Insane asylums in Bengal annual reports 1867-1875 - 1867-1875
Year: 1867
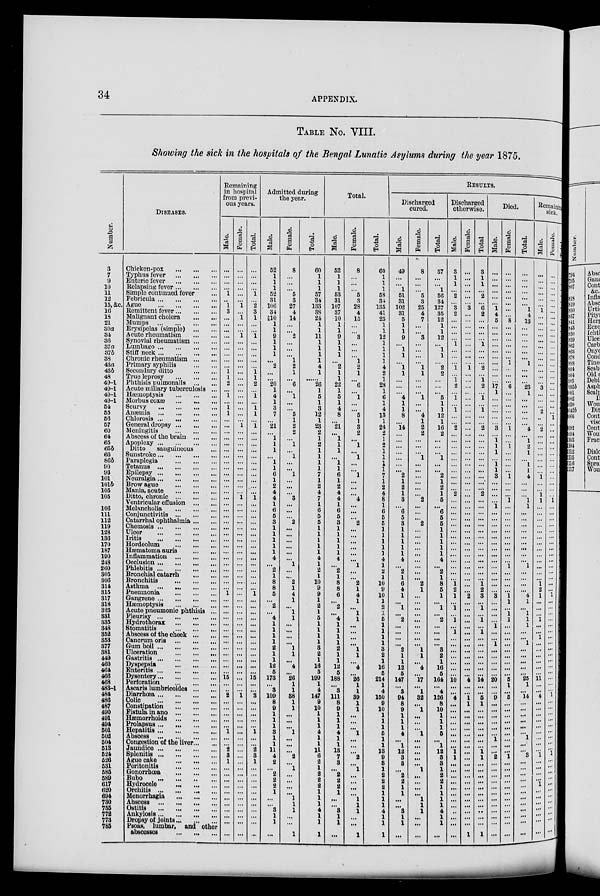
34
APPENDIX.
TABLE No. VIII.
Showing the sick in the hospitals of the Bengal Lunatic Asylums during the year 1875.
Number.
3
7
9
10
11
12
15, &c.
16
18
21
30a
34
36
37a
37b
38
43a
43b
48
49-1
49-1
49-1
49-1
54
65
56
57
60
64
65
65b
66
86b
90
93
101
101b
105
105
106
111
112
119
128
136
170
187
190
248
260
305
306
314
315
317
318
325
331
335
348
352
353
377
381
449
460
464
466
468
483-1
484
486
487
490
491
494
501
502
504
513
524
526
531
585
589
617
620
694
730
755
772
773
785
DISEASES.
Chicken-pox
...
...
...
Typhus fever ... ... ...
Enteric fever
...
...
...
Relapsing fever ... ... ...
Simple continued fever ...
Febricula
...
...
...
...
Ague
...
...
...
...
Remittent fever ... ... ...
Malignant cholera ... ...
Mumps
...
...
...
...
Erysipelas (simple)
...
...
Acute rheumatism
...
...
Synovial rheumatism ... ...
Lumbago
...
...
...
...
Stiff neck
...
...
...
...
Chronic rheumatism
...
...
Primary syphilis
...
...
Secondary ditto
...
...
True leprosy
...
...
...
Phthisis pulmonalis ... ...
Acute miliary tuberculosis ...
Hæmoptysis
...
...
...
Morbus coxæ
...
...
...
Scurvy
...
...
...
...
Anæmia
...
...
...
...
Chlorosis ... ... ... ...
General dropsy
...
...
...
Meningitis
...
...
...
Abscess of the brain
...
...
Apoplexy
...
...
...
...
Ditto
sanguineous ...
Sunstroke
...
...
...
...
Paraplegia
...
...
...
Tetanus
...
...
...
...
Epilepsy ... ... ... ...
Neuralgia
...
...
...
...
Brow ague
...
...
...
Mania, acute
...
...
...
Ditto, chronic
...
...
...
Ventricular effusion ...
Melancholia
...
...
...
Conjunctivitis
...
...
...
Catarrhal ophthalmia ... ...
Chemosis
...
...
...
...
Ulcer ... ... ... ...
Iritis
...
...
...
...
Hordeolum
...
...
...
Hæmatoma auris ... ...
Inflammation
...
...
...
Occlusion
...
...
...
...
Phlebitis ... ... ... ...
Bronchial catarrh
...
...
Bronchitis
...
...
...
Asthma
...
...
...
...
Pneumonia
...
...
...
Gangrene
...
...
...
...
Hæmoptysis ... ... ...
Acute pneumonic phthisis ...
Pleurisy
...
...
...
...
Hydrothorax ... ... ...
Stomatitis ... ... ...
Abscess of the cheek ... ...
Cancrum oris
...
...
...
Gum boil
...
...
...
Ulceration
...
...
...
Gastritis
...
...
...
...
Dyspepsia ... ... ...
Enteritis
...
...
...
...
Dysentery ... ... ... ...
Perforation
...
...
...
Ascaris lumbricoides ... ...
Diarrhœa
...
...
...
...
Colic
...
...
...
...
Constipation
...
...
...
Fistula in ano
...
...
...
Hæmorrhoids ... ... ...
Prolapsus
...
...
...
...
Hepatitis
...
...
...
...
Abscess
...
...
...
...
Congestion of the liver ... ...
Jaundice
...
...
...
...
Splenitis ... ... ... ...
Ague cake ... ... ...
Peritonitis
...
...
...
Gonorrhœa ... ... ...
Bubo
...
...
...
...
Hydrocele
...
...
...
Orchitis
...
...
...
...
Menorrhagia
...
...
...
Abscess
...
...
...
...
Ostitis
...
...
...
...
Ankylosis
...
...
...
...
Dropsy of joints ... ... ...
Psoas, lumbar, and other
abscesses
...
...
...
Remaining
in hospital
from previ-
ous years.
Male.
...
...
...
...
1
...
1
3
...
...
...
...
...
...
...
...
...
1
1
2
...
1
...
1
1
...
...
...
...
...
...
...
...
...
...
...
...
...
...
...
...
...
...
...
...
...
...
...
...
...
...
...
...
...
1
...
...
...
...
...
...
...
...
...
...
...
...
...
15
...
...
2
...
...
...
...
...
1
...
...
2
3
1
...
...
...
...
...
...
...
...
...
...
...
Female.
...
...
...
...
...
...
1
...
1
...
...
1 ...
...
...
...
...
...
...
...
...
...
...
...
...
...
1
...
...
...
...
...
...
...
...
...
...
...
1
...
...
...
...
...
...
...
...
...
...
...
...
...
...
...
...
...
...
...
...
...
...
...
...
...
...
...
...
...
...
...
...
1
...
...
...
...
...
...
...
...
...
...
...
...
...
...
...
...
...
...
...
...
...
...
Total.
...
...
...
...
1
...
2
3
1
...
...
1
...
...
...
...
...
1
1
2
...
1
...
1
1
...
1
...
...
...
...
...
...
...
...
...
...
...
1
...
...
...
...
...
...
...
...
...
...
...
...
...
...
...
1
...
...
...
...
...
...
...
...
...
...
...
...
...
15
...
...
3
...
...
...
...
...
1
...
...
2
3
1
...
...
...
...
...
...
...
...
...
...
...
Admitted during
the year.
Male.
52
1
1
1
52
31
106
34
10
1
1
9
1
1
1
...
2
...
...
20
1
4
1
3
7
...
21
...
1
1
1
...
1
1
6
1
2
4
4
1
6
5
3
1
1
1
1
1
4
...
2
1
8
8
5
...
2
...
4
1
1
1
1
2
1
1
12
5
173
...
3
109
8
9
1
1
1
3
1
1
11
4
2
...
2
2
2
1
...
...
3
1
1
...
Female.
8
...
...
...
5
3
27
4
14
...
...
2
...
...
...
1
2
1
...
6
...
1
...
...
5
1
2
2
...
1
...
1
...
...
1
...
...
...
3
...
...
...
2
...
...
...
...
...
...
1
...
...
2
1
4
1
...
1
1
...
...
...
...
1
1
...
4
...
26
1
1
38
1
1
...
...
...
1
...
...
...
2
...
1
...
...
...
...
1
1
1
...
...
1
Total.
60
1
1
1
57
34
133
38
24
1
1
11
1
1
1
1
4
1
...
26
1
5
1
3
12
1
23
2
1
2
1
1
1
1
7
1
2
4
7
1
6
5
5
1
1
1
1
1
4
1
2
1
10
9
9
1
2
1
5
1
1
1
1
3
2
1
16
5
199
1
4
147
9
10
1
1
1
4
1
1
11
6
2
1
2
2
2
1
1
1
4
1
1
1
Total.
Male.
52
1
1
1
53
31
107
37
10
1
1
9
1
1
1
...
2
1
1
22
1
5
1
4
8
...
21
...
1
1
1
...
1
1
6
1
2
4
4
1
6
5
3
1
1
1
1
1
4
...
2
1
8
8
6
...
2
...
4
1
1
1
1
2
1
1
12
5
188
...
3
111
8
9
1
1
1
4
1
1
13
7
3
...
2
2
2
1
...
...
3 1
1
...
Female.
8
...
...
...
5
3
28
4
15
...
...
3
...
...
...
1
2
1
...
6
...
1
...
...
5
1
3
2
...
1
...
1
...
...
1
...
...
...
4
...
...
...
2
...
...
...
...
...
...
1
...
...
2
1
4
1
...
1
1
...
...
...
...
1
1
...
4
...
26
1
1
39
1
1
...
...
...
1
...
...
...
2
...
1
...
...
...
...
1
1
1
...
...
1
Total.
60
1
1
1
58
34
135
41
25
1
1
12
1
1
1
1
4
2
1
28
1
6
1
4
13
1
24
2
1
2
1
1
1
1
7
1
2
4
8
1
6
5
5
1
1
1
1
1
4
1
2
1
10
9
10
1
2
1
5
1
1
1
1
3
2
1
16
5
214
1
4
150
9
10
1
1
1
5
1
1
13
9
3
1
2
2
2
1
1
1
4
1
1
1
RESULTS.
Discharged
cured.
Male.
49
...
...
1
51
31
102
31
5
1
1
9
...
1
1
...
1
1
...
...
...
4
1
1
8
...
14
...
...
...
...
...
...
...
2
1
2
1
3
... 6
5
3
1
1
1
1
1
4
...
2
1
6
4
1
...
1
...
2
...
...
...
...
2
1
1
12
5
147
...
3
94
8
9
1
1
1
4
...
1
12
3
3
...
2
2
1
1
...
...
3
1
1
...
Female.
8
...
...
...
5
3
25
4
7
...
...
3
...
...
...
...
1
1
...
...
...
1
...
...
4
1
2
2
...
...
...
1
...
...
...
...
...
...
2
...
...
...
2
...
...
...
...
...
...
...
...
...
2
1
...
...
...
...
...
...
...
...
...
1
1
...
4
...
17
...
1
32
...
1
...
...
...
1
...
...
...
...
...
1
...
...
...
...
1
1
1
...
...
...
Total.
57
...
...
1
56
34
127
35
12
1
1
12
...
1
1
...
2
2
...
...
...
5
1
1
12
1
16
2
...
...
...
1
...
...
2
1
2
1
5
... 6
5
5
1
1
1
1
1
4
...
2
1
8
5
1
...
1
...
2
...
...
...
...
3
2
1
16
5
164
...
4
126
8
10
1
1
1
5
...
1
12
3
3
1
2
2
1
1
1
1
4
1
1
...
Discharged
otherwise.
Male.
3
1
1
...
2
...
3
2
...
...
...
...
1
...
...
...
1
...
1
2
...
1
...
1
...
...
2
...
...
...
...
...
...
...
...
...
...
2
...
...
...
...
...
...
...
...
...
...
...
...
...
...
1
2
1
...
1
...
1
...
1
...
...
...
...
...
...
...
10
...
...
4
...
...
...
...
...
...
...
...
...
1
...
...
...
...
...
...
...
...
...
...
...
...
Female.
...
...
...
...
...
...
3
...
...
...
...
...
...
...
...
...
1
...
...
...
...
...
...
...
...
...
...
...
...
...
...
...
...
...
...
...
...
...
...
...
...
...
...
...
...
...
...
...
...
...
...
...
...
...
2
...
...
...
...
...
...
...
...
...
...
...
...
...
*4
...
...
1
1
...
...
...
...
...
...
...
...
...
...
...
...
...
...
...
...
...
...
...
...
1
Total
3
1
1
...
2
...
6
2
...
...
...
...
1
...
...
...
2
...
1
2
...
1
...
1
...
...
2
...
...
...
...
...
...
...
...
...
...
2
...
...
...
...
...
...
...
...
...
...
...
...
...
...
1
2
3
...
1
...
1
...
1
...
...
...
...
...
...
...
14
...
...
5
1
...
...
...
...
...
...
...
1 1
...
...
...
...
...
...
...
...
...
...
...
1
Died.
Male.
...
...
...
...
...
...
1
4
5
...
...
...
...
...
...
...
...
...
17
1
...
...
...
...
...
3
...
1
1
1
...
1
1
3
...
...
...
... ...
...
...
...
...
...
...
...
...
...
...
...
...
...
...
3
...
...
...
...
1
...
...
1
...
...
...
...
...
20
...
...
9
...
...
...
...
...
...
1
...
...
2
...
...
...
...
...
...
...
...
...
...
...
...
Female.
...
...
...
...
...
...
...
...
8
...
...
...
...
...
...
1
...
...
...
6
...
...
...
...
...
...
1
...
...
1
...
...
...
...
1
...
...
...
1
...
...
...
...
...
...
...
...
...
...
1
...
...
...
...
1
1
...
1
1
...
...
...
...
...
...
...
...
...
5
1
...
5
...
...
...
...
...
...
...
...
...
1
...
...
...
...
...
...
...
...
...
...
...
...
Total.
...
...
...
...
...
...
1
4
13
...
...
...
...
...
...
1
...
...
...
23
1
...
...
...
...
...
4
...
1
2
1
...
1
1
4
...
...
...
1
...
...
...
...
...
...
...
...
...
...
1
...
...
...
...
4
1
...
1
1
1
...
...
1
...
...
...
...
...
25
1
...
14
...
...
...
...
...
...
1
...
...
3
...
...
...
...
...
...
...
...
...
...
...
...
Remaining
sick.
Male.
...
...
...
...
...
...
1
...
...
...
...
...
...
...
...
...
...
...
...
3
...
...
...
2
...
...
2
...
...
...
...
...
...
...
1
...
...
1
1
...
...
...
...
...
...
...
...
...
...
...
...
...
1
2
1
...
...
...
1
...
...
1
...
...
...
...
...
...
11
...
...
4
...
...
...
...
...
...
...
...
...
1
...
...
...
1
...
...
...
...
...
...
...
...
Female.
...
...
...
...
...
... ...
...
...
...
...
...
...
...
...
...
...
...
...
...
...
...
...
...
1
...
...
...
...
...
...
...
...
...
...
...
...
...
1
...
...
...
...
...
...
...
...
...
...
...
...
...
...
...
1
...
...
...
...
...
...
...
...
...
...
...
...
...
...
...
...
1
... ...
...
...
...
...
...
...
...
1
...
...
...
...
...
...
...
...
...
...
...
...